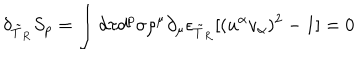
\delta _ { \tilde { T } _ { R } } S _ { p } = \int d \tau d ^ { p } \sigma \rho ^ { \mu } \partial _ { \mu } \epsilon _ { \tilde { T } _ { R } } [ ( u ^ { \alpha } v _ { \alpha } ) ^ { 2 } - 1 ] = 0